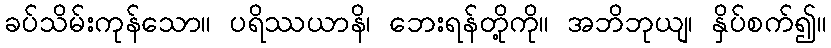
ခပ်သိမ်းကုန်သော။ ပရိဿယာနိ၊ ဘေးရန်တို့ကို။ အဘိဘုယျ၊ နှိပ်စက်၍။